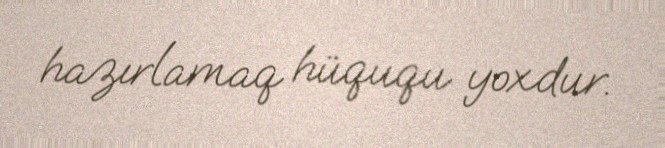
hazırlamaq hüququ yoxdur.